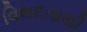
વિશદતાથી